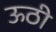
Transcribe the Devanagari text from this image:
ऊठी